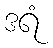
ဒရံ